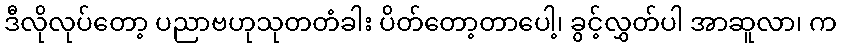
ဒီလိုလုပ်တော့ ပညာဗဟုသုတတံခါး ပိတ်တော့တာပေါ့၊ ခွင့်လွှတ်ပါ အာဆူလာ၊ က